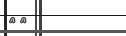
٣٦